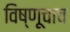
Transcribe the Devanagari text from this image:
विष्णूचाच